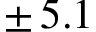
\pm \, 5 . 1